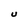
Character: U